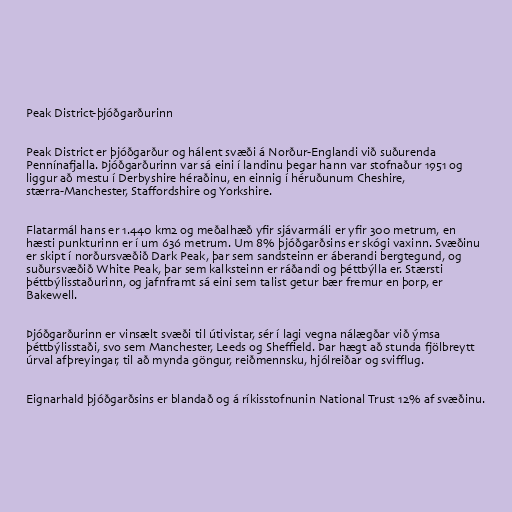
Peak District-þjóðgarðurinn

Peak District er þjóðgarður og hálent svæði á Norður-Englandi við suðurenda
Pennínafjalla. Þjóðgarðurinn var sá eini í landinu þegar hann var stofnaður 1951 og
liggur að mestu í Derbyshire héraðinu, en einnig í héruðunum Cheshire,
stærra-Manchester, Staffordshire og Yorkshire.

Flatarmál hans er 1.440 km2 og meðalhæð yfir sjávarmáli er yfir 300 metrum, en
hæsti punkturinn er í um 636 metrum. Um 8% þjóðgarðsins er skógi vaxinn. Svæðinu
er skipt í norðursvæðið Dark Peak, þar sem sandsteinn er áberandi bergtegund, og
suðursvæðið White Peak, þar sem kalksteinn er ráðandi og þéttbýlla er. Stærsti
þéttbýlisstaðurinn, og jafnframt sá eini sem talist getur bær fremur en þorp, er
Bakewell.

Þjóðgarðurinn er vinsælt svæði til útivistar, sér í lagi vegna nálægðar við ýmsa
þéttbýlisstaði, svo sem Manchester, Leeds og Sheffield. Þar hægt að stunda fjölbreytt
úrval afþreyingar, til að mynda göngur, reiðmennsku, hjólreiðar og svifflug.

Eignarhald þjóðgarðsins er blandað og á ríkisstofnunin National Trust 12% af svæðinu.